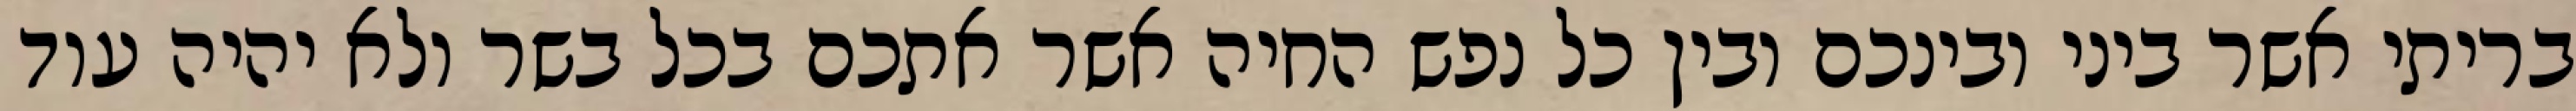
בריתי אשר ביני ובינכם ובין כל נפש החיה אשר אתכם בכל בשר ולא יהיה עוד